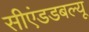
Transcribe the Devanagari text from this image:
सीएंडडबल्यू